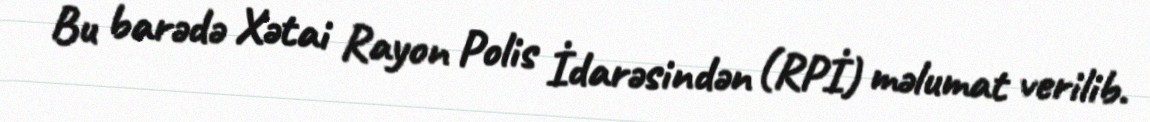
Bu barədə Xətai Rayon Polis İdarəsindən (RPİ) məlumat verilib.